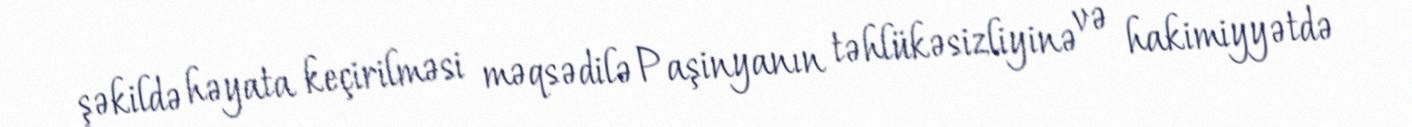
şəkildə həyata keçirilməsi məqsədilə Paşinyanın təhlükəsizliyinə və hakimiyyətdə